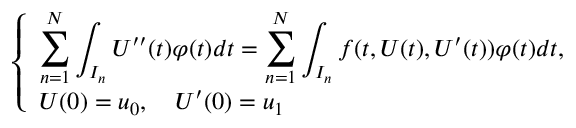
\begin{array} { r } { \left\{ \begin{array} { l l } { \displaystyle \sum _ { n = 1 } ^ { N } \displaystyle \int _ { I _ { n } } U ^ { \prime \prime } ( t ) \varphi ( t ) d t = \displaystyle \sum _ { n = 1 } ^ { N } \displaystyle \int _ { I _ { n } } f ( t , U ( t ) , U ^ { \prime } ( t ) ) \varphi ( t ) d t , } \\ { U ( 0 ) = u _ { 0 } , \quad U ^ { \prime } ( 0 ) = u _ { 1 } } \end{array} \right. } \end{array}